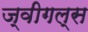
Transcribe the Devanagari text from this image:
ज्वीगल्स